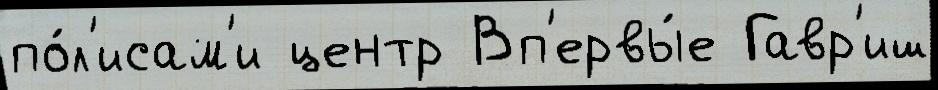
по́л'исам'и центр Вп'ервы́е Гавр'иш